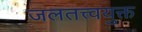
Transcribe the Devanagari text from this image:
जलतत्त्वयुक्त